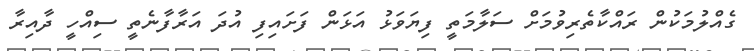
ގެއްލުމަކުން ރައްކާތެރިވުމަށް ސަލާމަތީ ފިޔަވަޅު އަޅަން ފަށައިފި އުދަ އަރާފާނެތީ ސިއްހީ ދާއިރާ